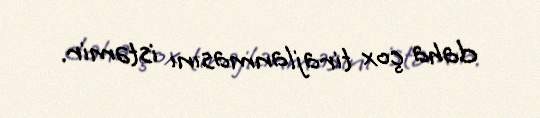
daha çox tirajlanmasını istəmir.